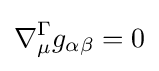
\nabla _{\mu }^{\Gamma }g_{\alpha \beta }=0